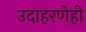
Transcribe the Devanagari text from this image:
उदाहरणेही